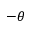
- \theta